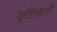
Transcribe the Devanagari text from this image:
सृष्टिकारी